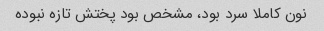
نون کاملا سرد بود، مشخص بود پختش تازه نبوده